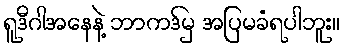
ရူဒီဂါအနေနဲ့ ဘာကဒ်မှ အပြမခံရပါဘူး။